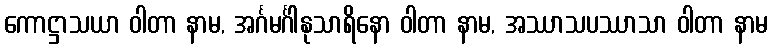
ကောဋ္ဌာသယာ ဝါတာ နာမ, အင်္ဂမင်္ဂါနုသာရိနော ဝါတာ နာမ, အဿာသပဿာသာ ဝါတာ နာမ